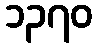
၁၃၇၀